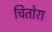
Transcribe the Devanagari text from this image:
चितोरा